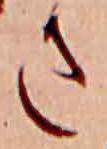
さ